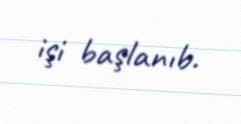
işi başlanıb.